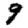
Digit: 9